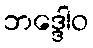
ဘဒ္ဒေါဝ